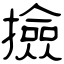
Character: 撿